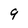
Character: 9